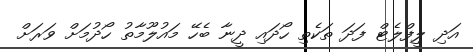
އަދި ލީފްލެޓް ފަދަ ތަކެތި ހޯދައި ދީނާ ބެހޭ މައުލޫމާތު ހޯދުމަށް ވަރަށް